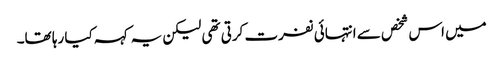
میں اس شخص سے انتہائی نفرت کرتی تھی لیکن یہ کہہ کیا رہا تھا۔